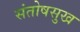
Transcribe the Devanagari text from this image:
संतोषसुख